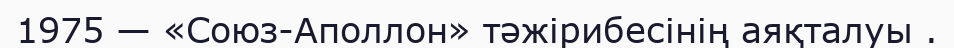
1975 — «Союз-Аполлон» тәжірибесінің аяқталуы .